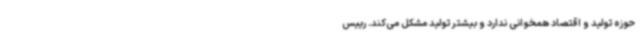
حوزه تولید و اقتصاد همخوانی ندارد و بیشتر تولید مشکل می‌کند. رییس